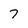
Character: 7